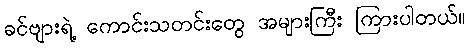
ခင်ဗျားရဲ့ ကောင်းသတင်းတွေ အများကြီး ကြားပါတယ်။